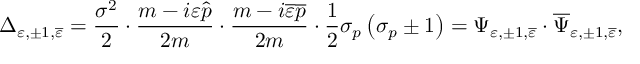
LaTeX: \Delta _ { \varepsilon , \pm 1 , \overline { { { \varepsilon } } } } = \frac { \sigma ^ { 2 } } 2 \cdot \frac { m - i \varepsilon \widehat { p } } { 2 m } \cdot \frac { m - i \overline { { { \varepsilon } } } \overline { { { p } } } } { 2 m } \cdot \frac 1 2 \sigma _ { p } \left( \sigma _ { p } \pm 1 \right) = \Psi _ { \varepsilon , \pm 1 , \overline { { { \varepsilon } } } } \cdot \overline { { { \Psi } } } _ { \varepsilon , \pm 1 , \overline { { { \varepsilon } } } } ,